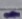
Text: -